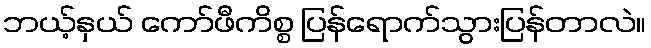
ဘယ့်နှယ် ကော်ဖီကိစ္စ ပြန်ရောက်သွားပြန်တာလဲ။